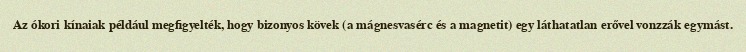
Az ókori kínaiak például megfigyelték, hogy bizonyos kövek (a mágnesvasérc és a magnetit) egy láthatatlan erővel vonzzák egymást.